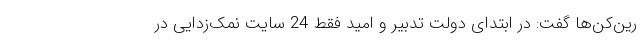
رین‌کن‌ها گفت: در ابتدای دولت تدبیر و امید فقط 24 سایت نمک‌زدایی در